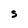
Character: S